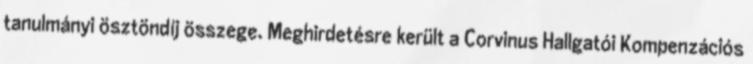
tanulmányi ösztöndíj összege. Meghirdetésre került a Corvinus Hallgatói Kompenzációs